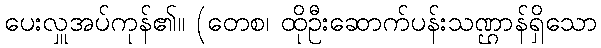
ပေးလှူအပ်ကုန်၏။ (တေစ၊ ထိုဦးဆောက်ပန်းသဏ္ဌာန်ရှိသော